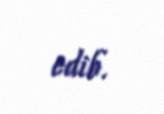
edib.